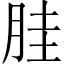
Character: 𱢹